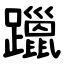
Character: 躐